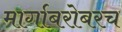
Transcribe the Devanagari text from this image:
मार्गाबरोबरच